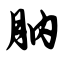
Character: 肭